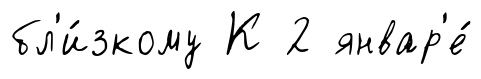
бл'и́зкому К 2 январ'е́